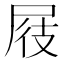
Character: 屐